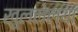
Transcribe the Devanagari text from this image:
खुललेल्या